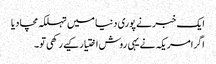
ایک خبر نے پوری دنیا میں تہلکہ مچا دیا
اگرامریکہ نے یہی روش اختیار کیے رکھی تو۔